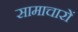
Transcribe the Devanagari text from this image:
सामाचारों